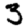
Digit: 3